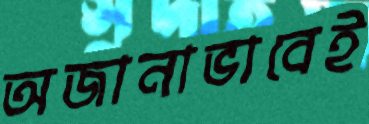
অজানাভাবেই